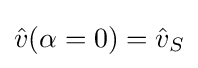
{\textstyle {\hat {v}}(\alpha =0)={\hat {v}}_{S}}